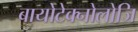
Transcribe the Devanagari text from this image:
बायोटेक्नोलोजि